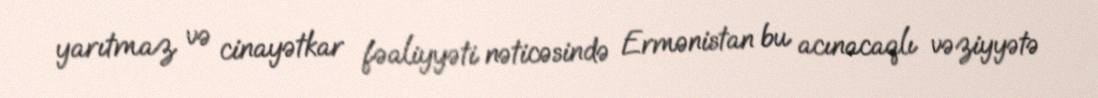
yarıtmaz və cinayətkar fəaliyyəti nəticəsində Ermənistan bu acınacaqlı vəziyyətə